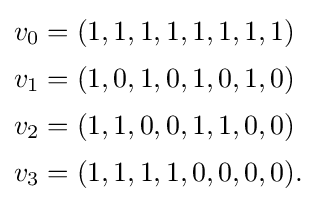
{\begin{aligned}v_{0}&=(1,1,1,1,1,1,1,1)\\[2pt]v_{1}&=(1,0,1,0,1,0,1,0)\\[2pt]v_{2}&=(1,1,0,0,1,1,0,0)\\[2pt]v_{3}&=(1,1,1,1,0,0,0,0).\end{aligned}}